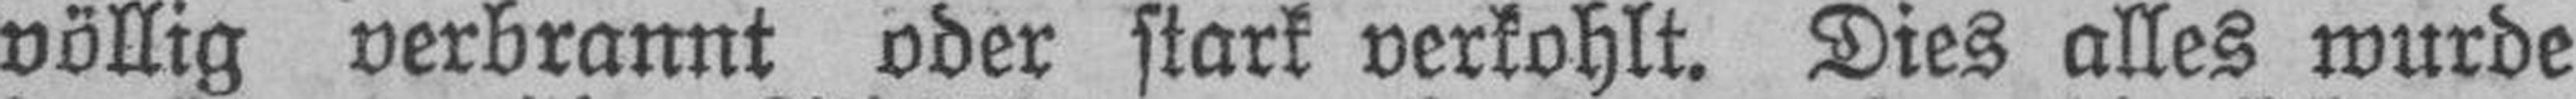
völlig verbrannt oder stark verkohlt. Dies alles wurde